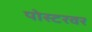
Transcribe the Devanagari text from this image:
पोस्टरवर